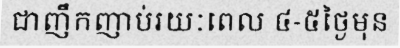
ជាញឹកញាប់រយៈពេល ៤-៥ថ្ងៃមុន